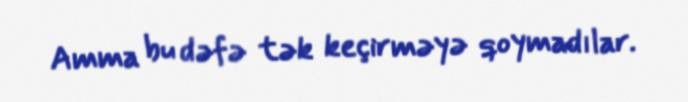
Amma bu dəfə tək keçirməyə qoymadılar.